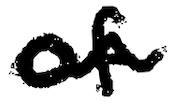
Text: of
Cross-out: wave
Writing tool: digital_black